Annual report on vaccination in Mysore, 1878-1879 - 1878-1879
Year: 1878
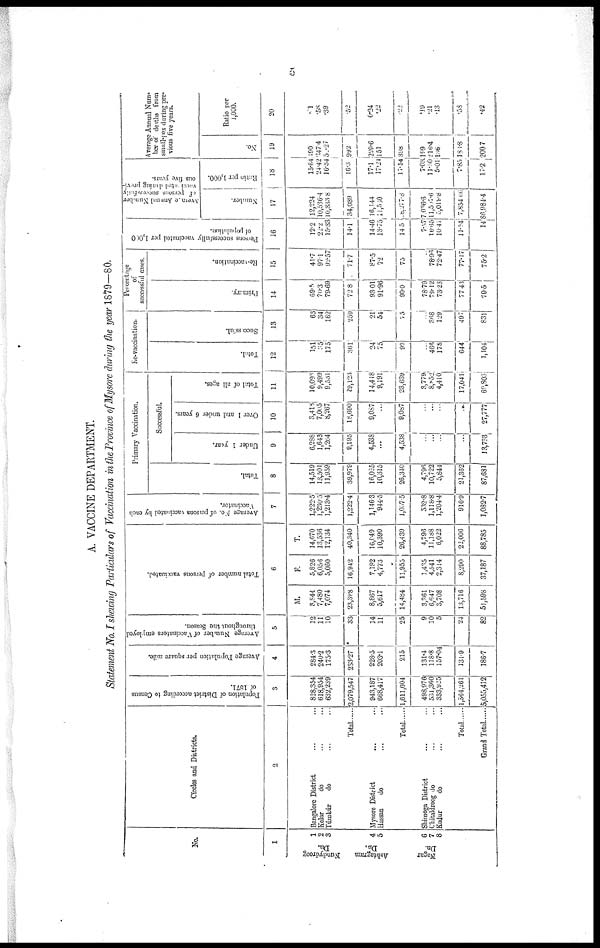
5
A. VACCINE DEPARTMENT.
Statement No. I shewing Particulars of Vaccination in the Province of Mysore during the year 1879—80.
No.
1
Nundydroog
Dn.
Ashtagram
Dn.
Nagar
Dn.
1
2
3
4
5
6
7
8
Circles and Districts.
2
Bangalore District ... ...
Kolar
do ... ...
Túmkúr
do ... ...
Total
Mysore District ... ...
Hasan
do ... ...
Total
Shimoga District ... ...
Chitaldroog do ... ...
Kadur
do ... ...
Population of District according to Census
of 1871.
3
828,354
618,954
632,239
2,079,547
943,187
668,417
1,611,604
498,976
531,360
333,925
1,364,261
5,055,412
Average Population per square mile.
4
284.3
240.2
175.3
233.27
228.5
203.1
215
131.4
118.8
157.04
131.9
186.7
Average Number of Vaccinators employed
throughout the Season.
5
12
11
10
33
14
11
25
9
10
5
24
82
Total number of persons vaccinated.
6
M.
8,844
7,480
7,074
23,398
8,867
5,617
14,484
3,361
6,647
3,708
13,716
51,598
F.
5,826
6,056
5,060
16,942
7,182
4,773
11,955
1,435
4,541
2,314
8,290
37,187
T.
14,670
13,536
12,134
40,340
16,049
10,390
26,439
4,796
11,188
6,022
22,006
88,785
Average No. of persons vaccinated by each
Vaccinator.
7
1,222.5
1,230.5
1,213.4
1,222.4
1,146.3
944.5
1,057.5
532.8
1,118.8
1,204.4
916.9
1,082.7
Primary Vaccination.
Total.
8
14,519
13,501
11,959
39,979
16,025
10,315
26,340
4,796
10,722
5,844
21,362
87,681
Successful.
Under 1 year.
9
6,288
1,643
1,264
9,195
4,538
...
4,538
...
...
...
...
13,733
Over 1 and under 6 years.
10
3,418
7,005
8,267
18,690
9,087
...
9,087
...
...
...
...
27,777
Total of all ages.
11
10,093
9,499
9,581
29,123
14,448
9,191
23,639
3,779
8,852
4,410
17,041
69,803
Re-vaccination.
Total.
12
151
35
175
361
24
75
99
...
466
178
644
1,104
Successful.
13
63
34
162
259
21
54
75
...
368
129
497
831
Percentage
of
successful cases.
Primary.
14
69.5
70.3
79.69
72.8
93.01
91.96
90.0
78.79
79.12
73.23
77.43
70.5
Re-vaccination.
15
41.7
97.1
92.57
71.7
87.5
72
75
...
78.96
72.47
77.17
75.2
Persons successfully vaccinated per 1,000
of population.
16
12.2
22.2
15.33
14.1
14.46
13.75
14.5
7.57
16.65
10.41
11.64
14
Average Annual Number
of persons successfully
vaccinated during previ-
ous five years.
Number.
17
12,224
10,536.4
10,333.8
34,089
16,144
11,560
8,277.8
7,036.6
11,507.6
5,019.8
7,854.66
86,984.4
Ratio per 1,000.
18
15.64
24.42
16.34
16.3
17.1
17.24
17.54
7.03
11.50
5.01
7.85
17.2
Average Annual Num¬
ber of deaths from
small-pox during pre¬
vious five years.
No.
19
190
347.4
50.27
992
229.6
151
398
199
216.4
136
186.8
200.7
Ratio per
1,000.
20
.01
.58
.39
.52
0.24
.22
.22
.19
.21
.13
.58
.42